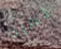
لماذا